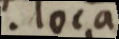
. loca